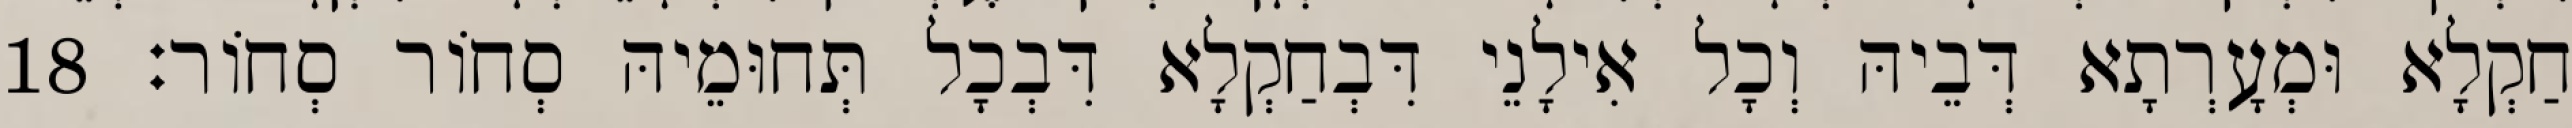
חַקְלָא וּמְעָרְתָא דְּבֵיהּ וְכָל אִילָנֵי דִּבְחַקְלָא דִּבְכָל תְּחוּמֵיהּ סְחוֹר סְחוֹר׃ 18